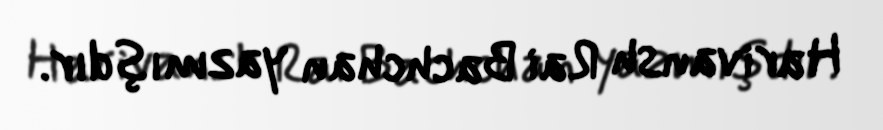
Harivansh Rai Bachchan yazmışdır.